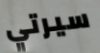
سيرتي